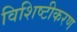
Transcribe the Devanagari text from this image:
विशिष्‍टीकरण